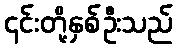
၎င်းတို့နှစ်ဦးသည်